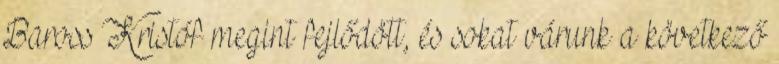
Baross Kristóf megint fejlődött, és sokat várunk a következő